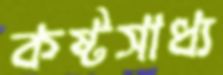
কষ্টসাধ্য